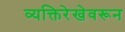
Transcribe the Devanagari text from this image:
व्यक्तिरेखेवरून